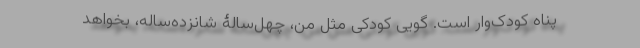
پناه کودک‌وار است. گویی کودکی مثل من، چهل‌سالۀ شانزده‌ساله‌، بخواهد